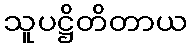
သူပဋ္ဌိတိတာယ